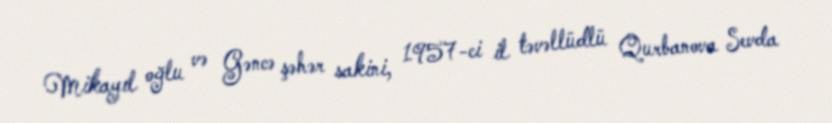
Mikayıl oğlu və Gəncə şəhər sakini, 1957-ci il təvəllüdlü Qurbanova Sevda